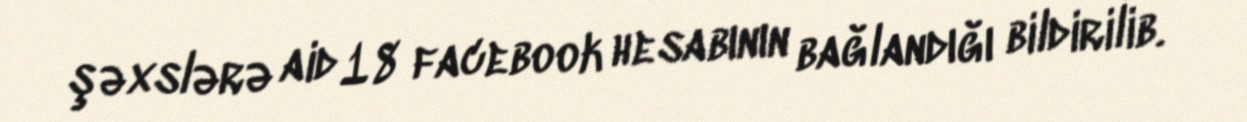
şəxslərə aid 18 facebook hesabının bağlandığı bildirilib.